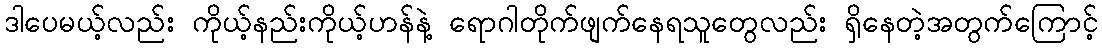
ဒါပေမယ့်လည်း ကိုယ့်နည်းကိုယ့်ဟန်နဲ့ ရောဂါတိုက်ဖျက်နေရသူတွေလည်း ရှိနေတဲ့အတွက်ကြောင့်